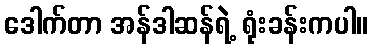
ဒေါက်တာ အန်ဒါဆန်ရဲ့ ရုံးခန်းကပါ။